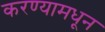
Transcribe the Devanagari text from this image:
करण्यामधून